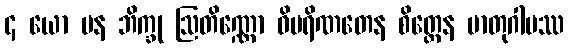
၄ ယော ပန ဘိက္ခု ဩတိဏ္ဏော ဝိပရိဏတေန စိတ္တေန မာတုဂါမဿ